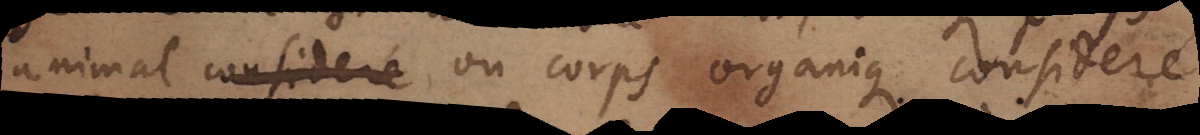
animal consideré ou corps organique consideré